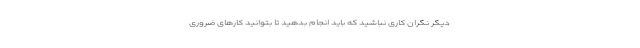
دیگر نگران کاری نباشید که باید انجام بدهید تا بتوانید کارهای ضروری